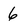
Character: 6